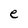
Character: e